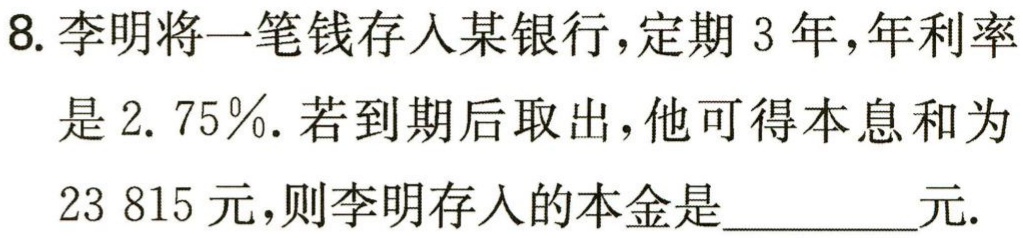
8. 李明将一笔钱存入某银行，定期 3 年，年利率是 2. 75％. 若到期后取出，他可得本息和为 23 815 元，则李明存入的本金是_________元.